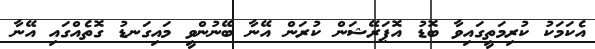
އެކަމަކު ކުރިމަތީގައިވާ ބޮޑު އޮޕަރޭޝަން ކުރަން އޭނާ ބޭނުންވީ މައިގަނޑު ގޮތެއްގައި އޭނާ